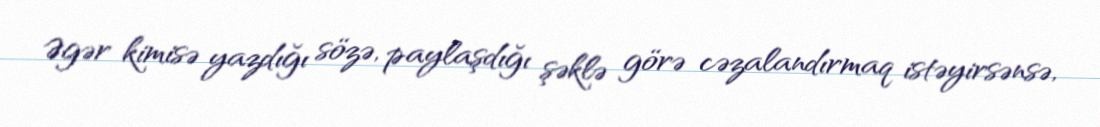
Əgər kimisə yazdığı sözə, paylaşdığı şəklə görə cəzalandırmaq istəyirsənsə,